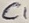
Text: C1